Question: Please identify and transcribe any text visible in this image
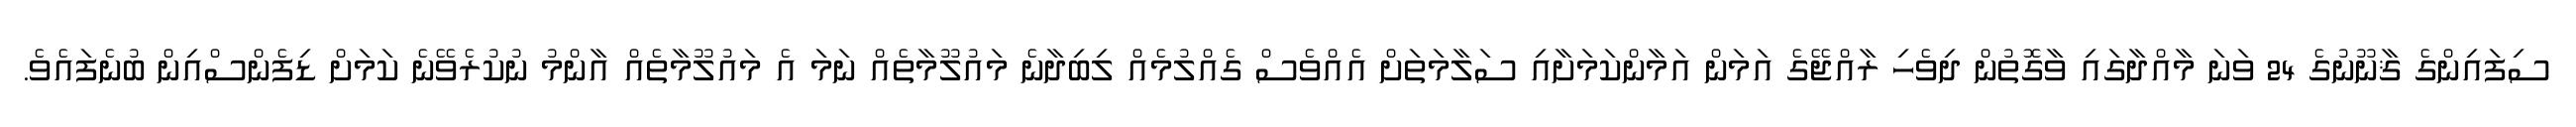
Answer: ސިފައިންގެ ޤާނޫނުގެ 24 ވަނަ މާއްދާގައި ވާގޮތުން ދިވެހި ރާއްޖޭގެ އަމަން އަމާންކަމަށާއި ސަލާމަތަށް އެއްވެސް ގެއްލުމެއް ލިބިދާނެ މައުލޫމާތެއް ނަމަ އެ މައުލޫމާތެއް އާންމު ނުކުރެވޭނެ ކަމަށް ޑިފެންސްއިން ބުނެފައެވެ.